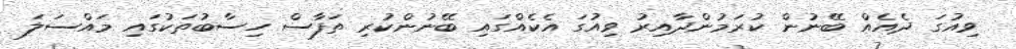
ވިއުގަ ދެއެއް ބޭނުން ކުރަމުންދާއިރު ވިއުގަ އެކެއްގައި ބޭނުންކުރި ތަފާސް ހިސާބުތަކުގައި މައްސަލަ